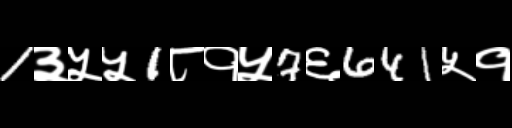
Text: 1३५५1८१५7६641५१